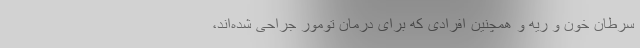
سرطان خون و ریه و همچنین افرادی که برای درمان تومور جراحی شده‌اند،